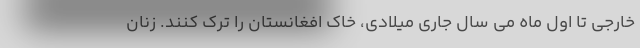
خارجی تا اول ماه می سال جاری میلادی، خاک افغانستان را ترک کنند. زنان